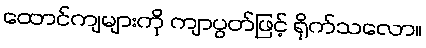
ထောင်ကျများကို ကျာပွတ်ဖြင့် ရိုက်သလော။